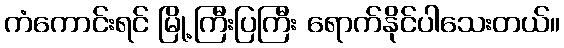
ကံကောင်းရင် မြို့ကြီးပြကြီး ရောက်နိုင်ပါသေးတယ်။